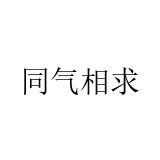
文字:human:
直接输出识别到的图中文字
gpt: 同气相求